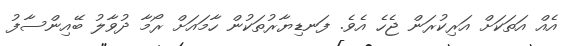
އެއް އަތަކަށް އަރިކުރަން ޖެހެ އެވެ. ފަނޑިޔާރުތަކުން ހާމައަށް ރޯމާ ދުވާލު ބޭއިންސާފު